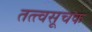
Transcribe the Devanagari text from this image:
तत्त्वसूचक